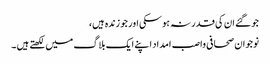
جو گئے ان کی قدر نہ ہوسکی اور جو زندہ ہیں،
نوجوان صحافی واصب امداد اپنے ایک بلاگ میں لکھتے ہیں ۔